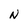
Character: N